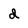
Character: d